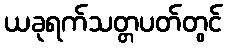
ယခုရက်သတ္တပတ်တွင်